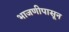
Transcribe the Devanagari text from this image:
भाजणीपासून